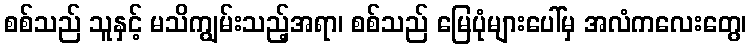
စစ်သည် သူနှင့် မသိကျွမ်းသည့်အရာ၊ စစ်သည် မြေပုံများပေါ်မှ အလံကလေးတွေ၊